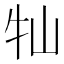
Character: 𡵣